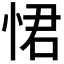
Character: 𭝈